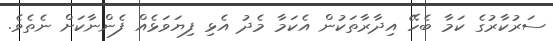
ސަރުކާރުގެ ކަމާ ބެހޭ އިދާރާތަކުން އެކަމާ މެދު އެޅި ފިޔަވަޅެއް ފެންނާކަށް ނެތެވެ.